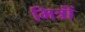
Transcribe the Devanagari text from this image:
मित्रोंं